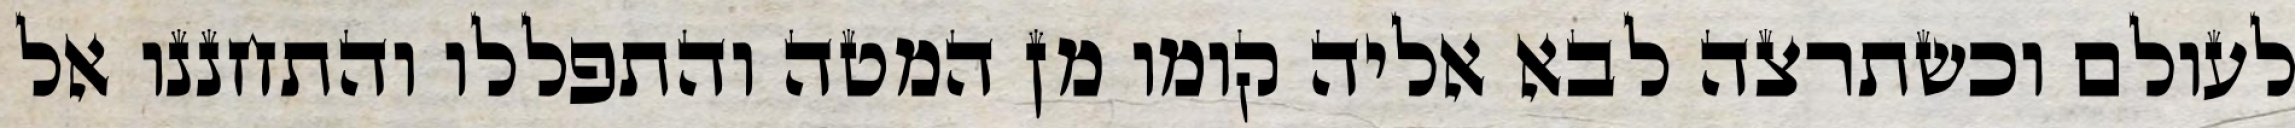
לעולם וכשתרצה לבא אליה קומו מן המטה והתפללו והתחננו אל